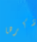
أذكرها